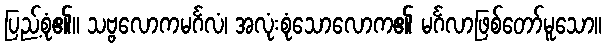
ပြည့်စုံ၏။ သဗ္ဗလောကမင်္ဂလံ၊ အလုံးစုံသောလောက၏ မင်္ဂလာဖြစ်တော်မူသော။